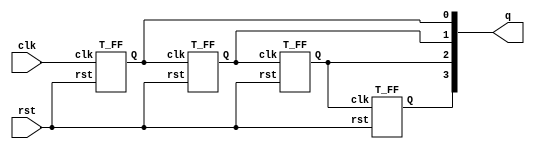
`timescale 1ns / 1ps

module Ripple_Carry_Counter(q,clk,rst);
    input clk, rst;
    output [3:0] q;
    
    T_FF tff0( q[0], clk, rst);
    T_FF tff1( q[1], q[0], rst);
    T_FF tff2(q[2], q[1], rst);
    T_FF tff3( q[3], q[2], rst);
endmodule

module T_FF(Q,clk,rst);
    input clk, rst;
    output Q;
    wire I;
    
    D_FF dff(Q,I,clk,rst);
    not NOT(I,Q);
endmodule

module D_FF(q,d,clk,rst);
    input d,clk,rst;
    output reg q;
    
    always @(posedge rst or negedge clk)
        if (rst) q<=0;
        else q<=d;
    
endmodule